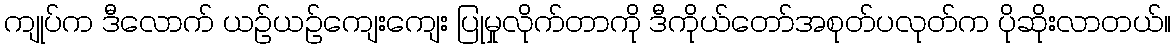
ကျုပ်က ဒီလောက် ယဉ်ယဉ်ကျေးကျေး ပြုမှုလိုက်တာကို ဒီကိုယ်တော်အစုတ်ပလုတ်က ပိုဆိုးလာတယ်။